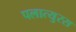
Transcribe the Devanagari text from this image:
पलात्युरस